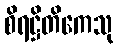
စိရဋ္ဌိတိကေသု